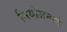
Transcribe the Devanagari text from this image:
नियोजनाने